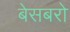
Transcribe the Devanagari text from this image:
बेसबरो